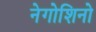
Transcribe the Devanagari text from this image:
नेगोशिनो